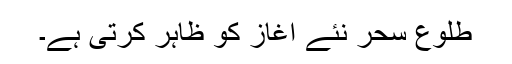
طلوعِ سحر نئے آغاز کو ظاہر کرتی ہے۔